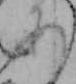
あ